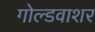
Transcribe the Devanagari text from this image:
गोल्डवाशर